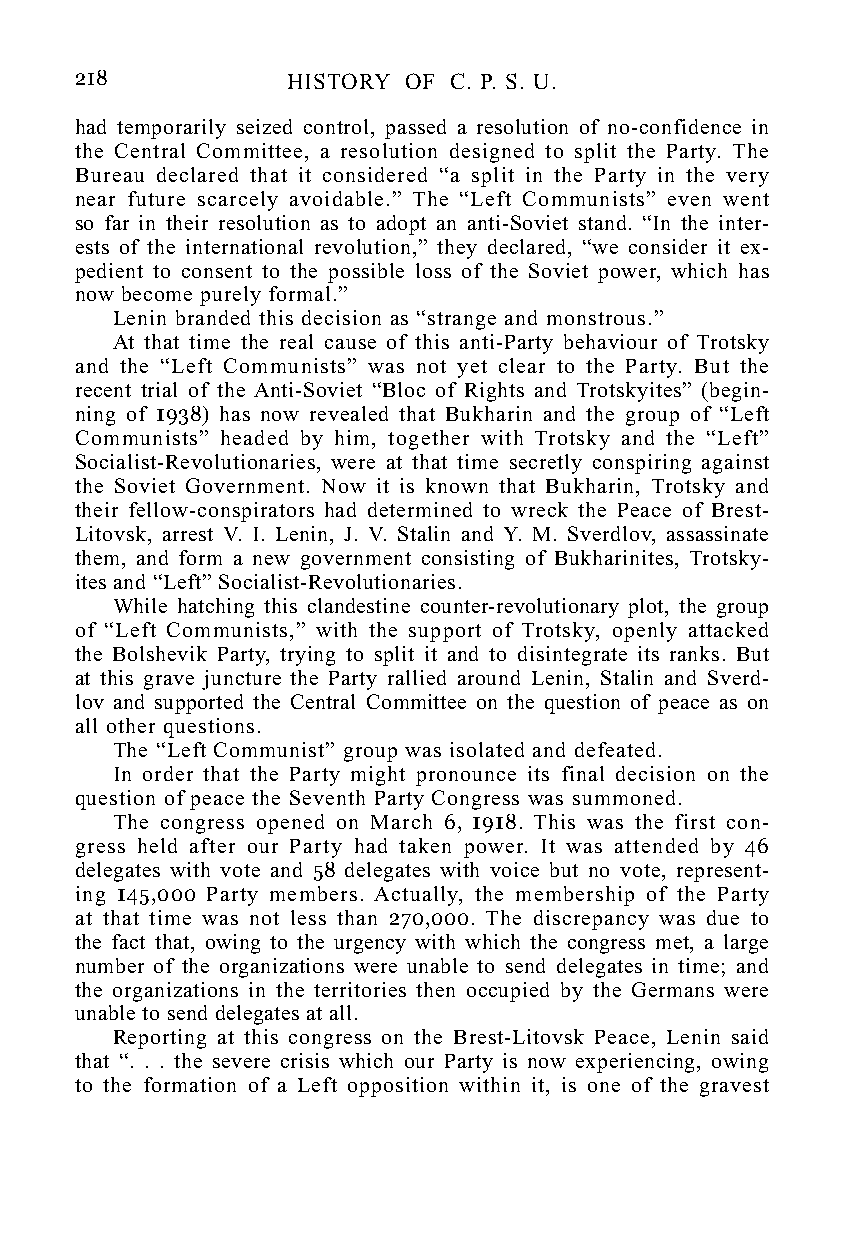
218           HISTORY OF C. P. S. U.
 had temporarily seized control, passed a resolution of no-confidence in
 the Central Committee, a resolution designed to split the Party. The
 Bureau declared that it considered “a split in the Party in the very
 near future scarcely avoidable.” The “Left Communists” even went
 so far in their resolution as to adopt an anti-Soviet stand. “In the inter-
 ests of the international revolution,” they declared, “we consider it ex-
 pedient to consent to the possible loss of the Soviet power, which has
 now become purely formal.”
 Lenin branded this decision as “strange and monstrous.”
 At that time the real cause of this anti-Party behaviour of Trotsky
 and the “Left Communists” was not yet clear to the Party. But the
 recent trial of the Anti-Soviet “Bloc of Rights and Trotskyites” (begin-
 ning of 1938) has now revealed that Bukharin and the group of “Left
 Communists” headed by him, together with Trotsky and the “Left”
 Socialist-Revolutionaries, were at that time secretly conspiring against
 the Soviet Government. Now it is known that Bukharin, Trotsky and
 their fellow-conspirators had determined to wreck the Peace of Brest-
 Litovsk, arrest V. I. Lenin, J. V. Stalin and Y. M. Sverdlov, assassinate
 them, and form a new government consisting of Bukharinites, Trotsky-
 ites and “Left” Socialist-Revolutionaries.
 While hatching this clandestine counter-revolutionary plot, the group
 of “Left Communists,” with the support of Trotsky, openly attacked
 the Bolshevik Party, trying to split it and to disintegrate its ranks. But
 at this grave juncture the Party rallied around Lenin, Stalin and Sverd-
 lov and supported the Central Committee on the question of peace as on
 all other questions.
 The “Left Communist” group was isolated and defeated.
 In order that the Party might pronounce its final decision on the
 question of peace the Seventh Party Congress was summoned.
 The congress opened on March 6, 1918. This was the first con-
 gress held after our Party had taken power. It was attended by 46
 delegates with vote and 58 delegates with voice but no vote, represent-
 ing 145,000 Party members. Actually, the membership of the Party
 at that time was not less than 270,000. The discrepancy was due to
 the fact that, owing to the urgency with which the congress met, a large
 number of the organizations were unable to send delegates in time; and
 the organizations in the territories then occupied by the Germans were
 unable to send delegates at all.
 Reporting at this congress on the Brest-Litovsk Peace, Lenin said
 that “. . . the severe crisis which our Party is now experiencing, owing
 to the formation of a Left opposition within it, is one of the gravest